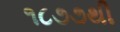
૧૮૭૭થી